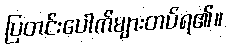
ပြတင်းပေါက်များတပ်ရ၏။